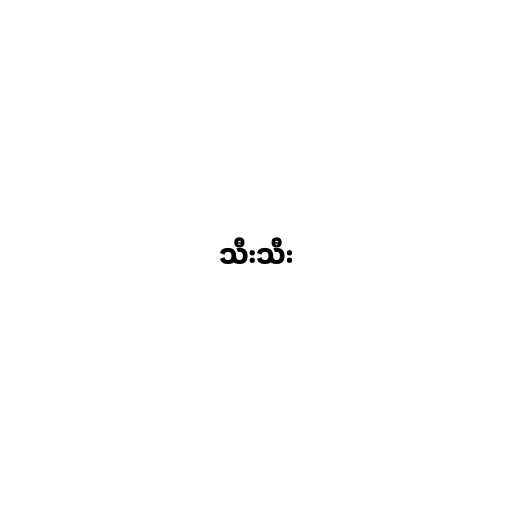
သီးသီး